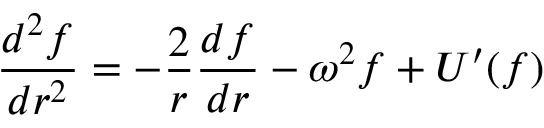
\frac { d ^ { 2 } f } { d r ^ { 2 } } = - \frac { 2 } { r } \frac { d f } { d r } - \omega ^ { 2 } f + U ^ { \prime } ( f )